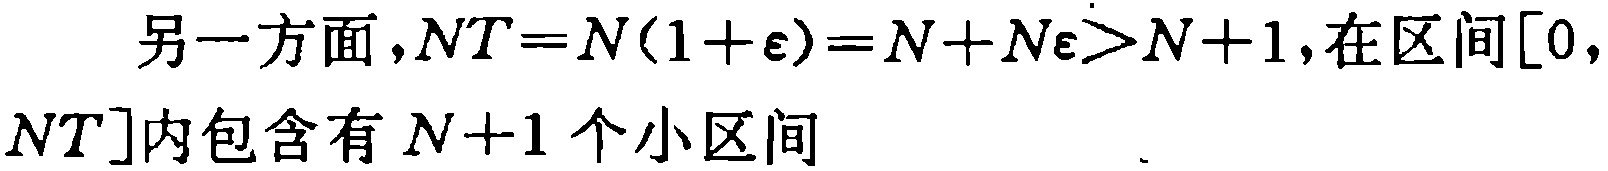
另一方面，$NT = N(1+\varepsilon)=N + N\varepsilon>N + 1$，在区间$[0, NT]$内包含有$N + 1$个小区间 ．